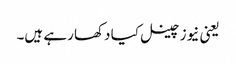
یعنی نیوز چینل کیا دکھا رہے ہیں۔